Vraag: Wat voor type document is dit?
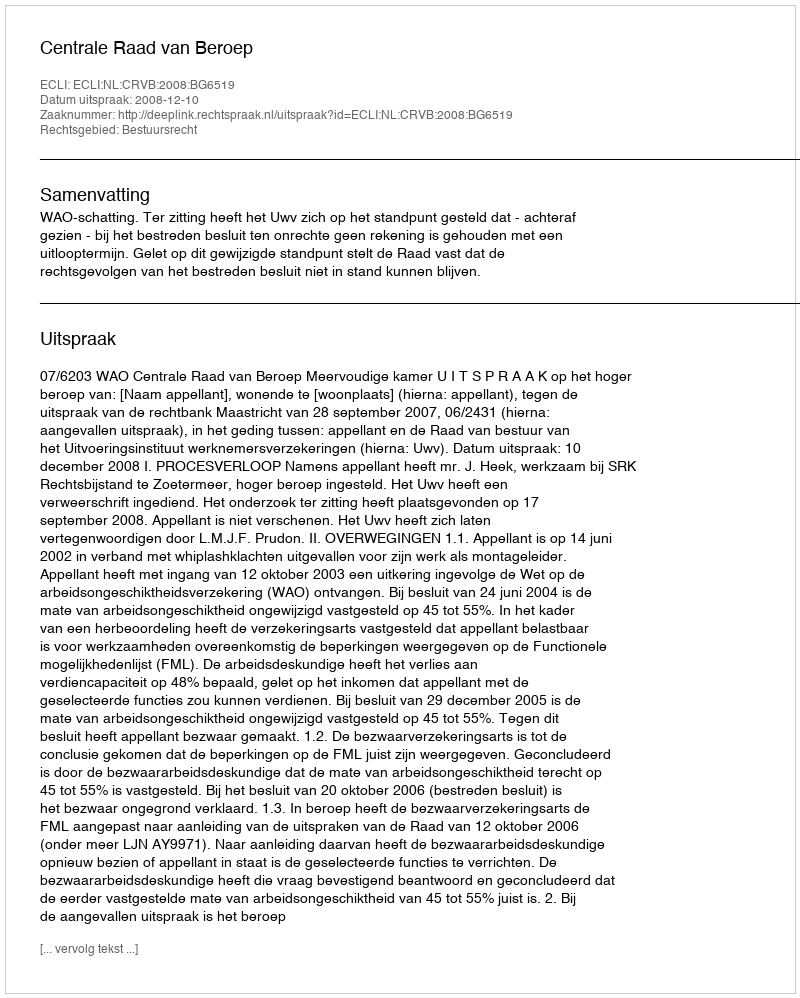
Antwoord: Uitspraak